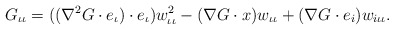
\begin{align*}G_{\iota\iota}=((\nabla^{2}G\cdot e_{\iota})\cdot e_{\iota})w^{2}_{\iota\iota}-(\nabla G\cdot x)w_{\iota\iota}+(\nabla G\cdot e_{i})w_{i\iota\iota}.\end{align*}